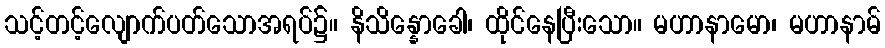
သင့်တင့်လျောက်ပတ်သောအရပ်၌။ နိသိန္နောခေါ၊ ထိုင်နေပြီးသော။ မဟာနာမော၊ မဟာနာမ်